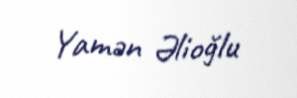
Yamən Əlioğlu